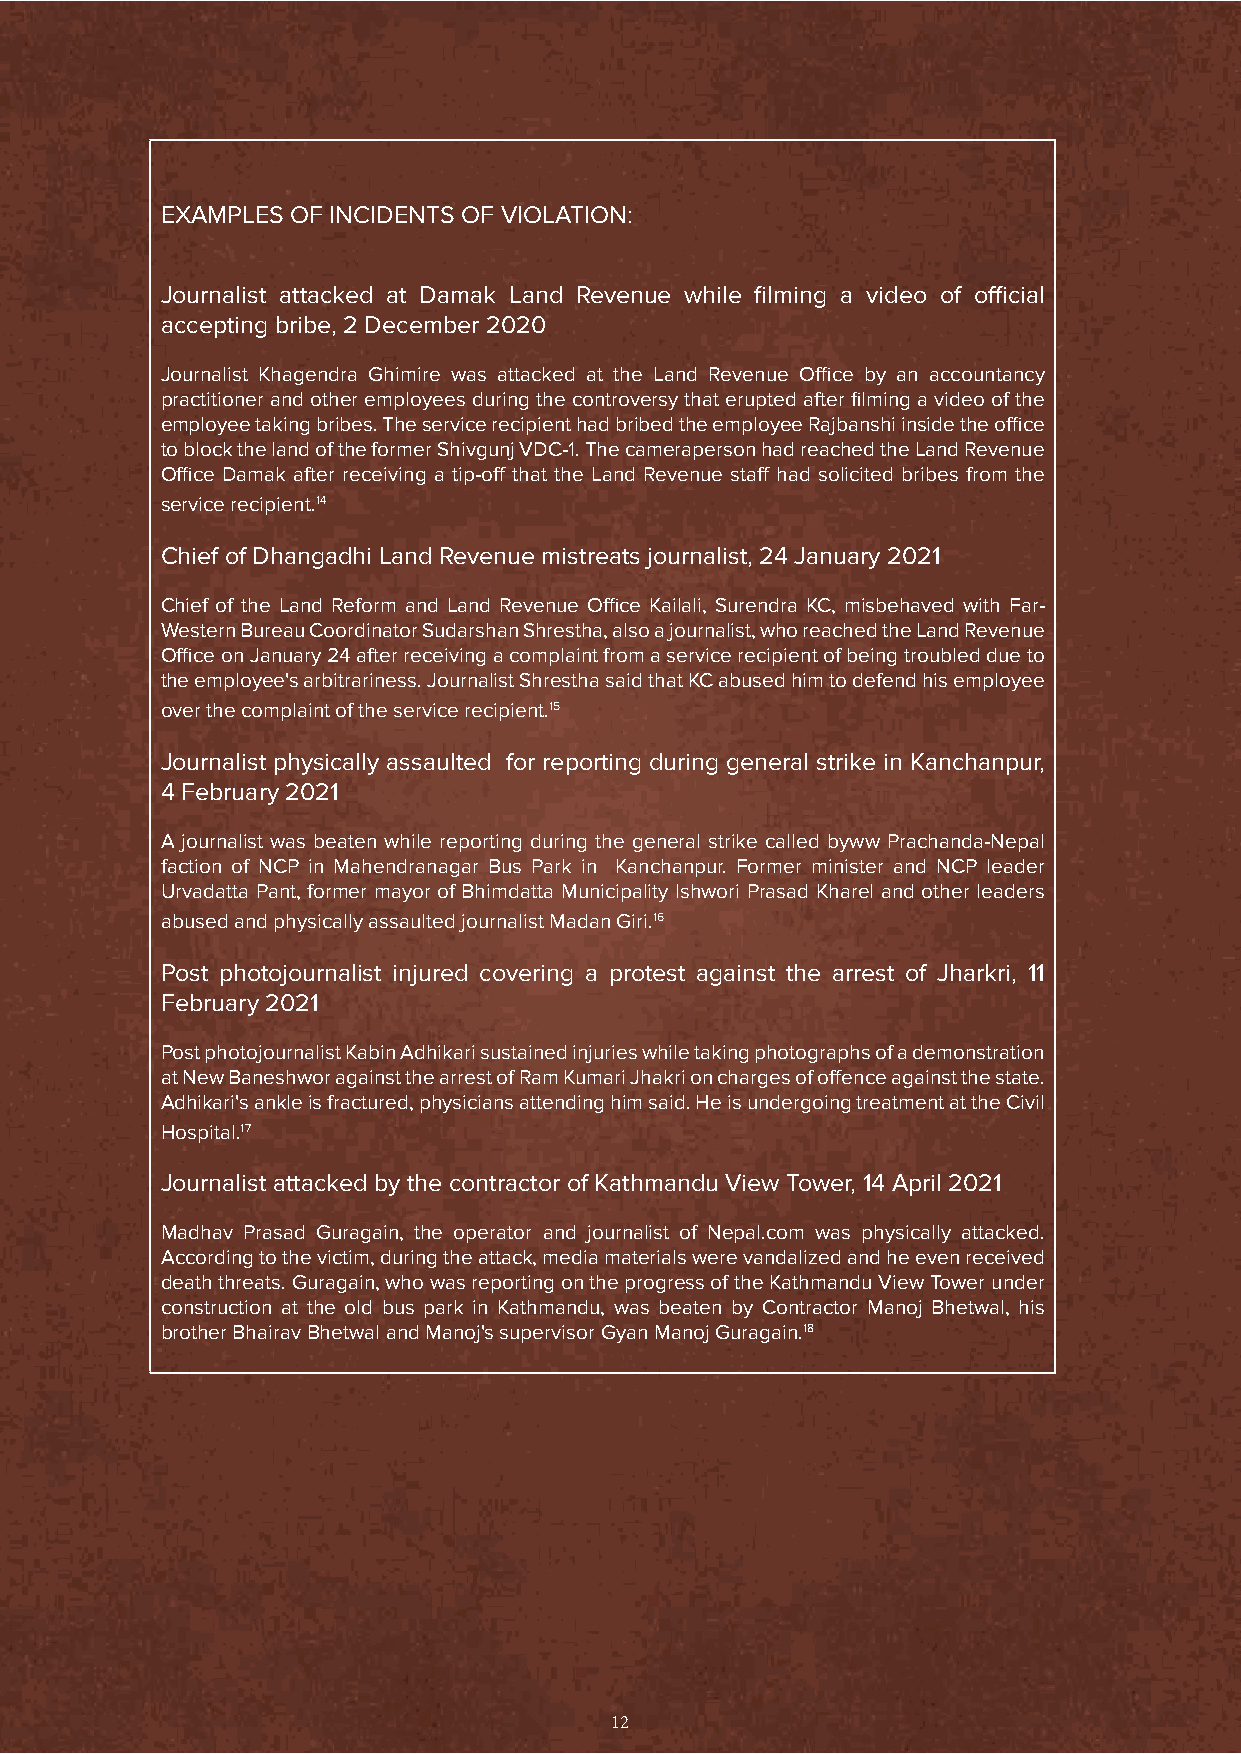
EXAMPLES OF INCIDENTS OF VIOLATION:
 Journalist attacked at Damak Land Revenue while filming a video of official
 accepting bribe, 2 December 2020
 Journalist Khagendra Ghimire was attacked at the Land Revenue Office by an accountancy
 practitioner and other employees during the controversy that erupted after filming a video of the
 employee taking bribes. The service recipient had bribed the employee Rajbanshi inside the office
 to block the land of the former Shivgunj VDC-1. The cameraperson had reached the Land Revenue
 Office Damak after receiving a tip-off that the Land Revenue staff had solicited bribes from the
 service recipient.14
 Chief of Dhangadhi Land Revenue mistreats journalist, 24 January 2021
 Chief of the Land Reform and Land Revenue Office Kailali, Surendra KC, misbehaved with Far-
 Western Bureau Coordinator Sudarshan Shrestha, also a journalist, who reached the Land Revenue
 Office on January 24 after receiving a complaint from a service recipient of being troubled due to
 the employee's arbitrariness. Journalist Shrestha said that KC abused him to defend his employee
 over the complaint of the service recipient.15
 Journalist physically assaulted for reporting during general strike in Kanchanpur,
 4 February 2021
 A journalist was beaten while reporting during the general strike called byww Prachanda-Nepal
 faction of NCP in Mahendranagar Bus Park in Kanchanpur. Former minister and NCP leader
 Urvadatta Pant, former mayor of Bhimdatta Municipality Ishwori Prasad Kharel and other leaders
 abused and physically assaulted journalist Madan Giri.16
 Post photojournalist injured covering a protest against the arrest of Jharkri, 11
 February 2021
 Post photojournalist Kabin Adhikari sustained injuries while taking photographs of a demonstration
 at New Baneshwor against the arrest of Ram Kumari Jhakri on charges of offence against the state.
 Adhikari's ankle is fractured, physicians attending him said. He is undergoing treatment at the Civil
 Hospital.17
 Journalist attacked by the contractor of Kathmandu View Tower, 14 April 2021
 Madhav Prasad Guragain, the operator and journalist of Nepal.com was physically attacked.
 According to the victim, during the attack, media materials were vandalized and he even received
 death threats. Guragain, who was reporting on the progress of the Kathmandu View Tower under
 construction at the old bus park in Kathmandu, was beaten by Contractor Manoj Bhetwal, his
 brother Bhairav B hetwal and Manoj's supervisor Gyan Manoj Guragain.18
 12